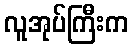
လူအုပ်ကြီးက